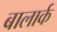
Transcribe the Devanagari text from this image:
बालार्क